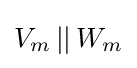
V_{m}\,||\,W_{m}